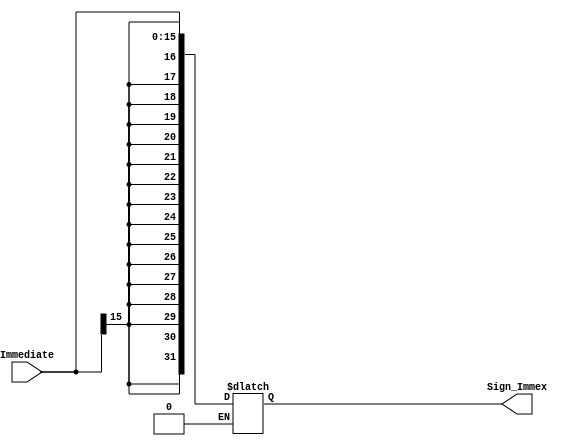
module Sign_extended(Immediate,Sign_Immex);
input[15:0]Immediate; 
output reg [31:0]Sign_Immex;
always@(Immediate)
if(Immediate[15]==1) 
begin
Sign_Immex<={{16{Immediate[15]}},Immediate}; 
end
else if (Immediate[15]==0)
begin
Sign_Immex<={{16{Immediate[15]}},Immediate}; 
end
endmodule